Vital statistics of India. Vol. VI, European troops 1870-79
Year: 1870
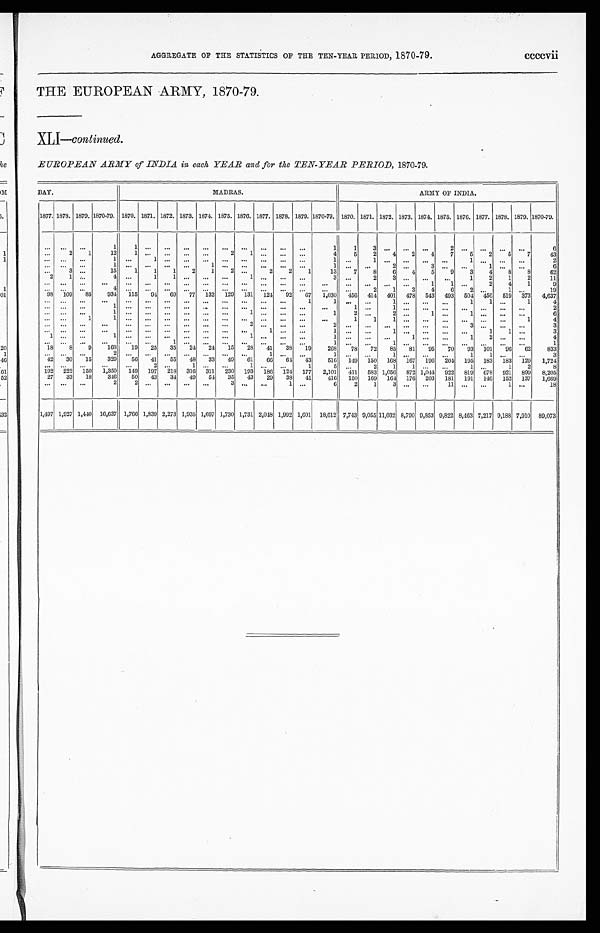
AGGREGATE OF THE STATISTICS OF THE TEN-YEAR PERIOD, 1870-79.
ccccvii
THE EUROPEAN ARMY, 1870-79.
XLI- continued.
EUROPEAN ARMY of INDIA in each YEAR and for the TEN-YEAR PERIOD, 1870-79.
BAY.
MADRAS.
ARMY OF INDIA.
1877. 1878. 1879. 1870-79. 1870. 1871. 1872. 1873. 1874. 1875. 1876. 1877. 1878. 1879. 1870-79. 1870. 1871. 1872. 1873. 1874. 1875. 1876. 1877. 1878. 1879. 1870-79.
. . .
. . .
. . .
1
1
. . .
. . .
. . .
. . .
. . .
. . .
. . .
. . .
. . .
1
1
3
. . .
. . .
. . .
2
. . .
. . .
. . .
. . .
6
. . . 2
1
12
1
. . .
. . .
. . .
. . .
2
1
. . .
. . .
. . .
4
5
2
4
2
4
7
5
2
5
7
43
. . .
. . . . . .
1
. . .
1
. . .
. . .
. . .
. . .
. . .
. . .
. . .
. . .
1 . . .
1
. . .
. . .
. . .
. . .
1
. . .
. . .
. . .
2
. . .
. . . . . .
1 ... ... ... ...
1
. . .
. . .
. . .
. . .
. . .
1
. . .
. . .
2
. . .
3
. . .
. . .
1
. . .
. . .
6
. . .
3
. . .
15
1
1
1
2
1
2
. . . 2
2
1
13
7
8
6
4
5
9
3
4 8
8
62
2
1 ...
4
. . . 1
1
. . .
. . .
. . . 1
. . .
. . .
. . .
3
. . . 2
3
. . .
. . . ...
1
2
1
2
11
. . . ... . . .
. . .
. . . ... . . .
. . . ... ... ...
. . . ...
. . .
. . . ...
. . . ... . . .
1
1 . . .
2
4
1
9
. . .
...
. . .
4 ...
. . .
. . .
. . . ... ...
. . .
. . .
. . .
. . .
. . .
. . .
2
1
3
4
6
2 ...
1
. . .
19
98 109 85 934 115 94 69 77 132 129 131 124 92 67 1,030 456 414 401 478 543 493 504 456 519 373 4,637
. . .
...
. . . ... ...
. . .
. . .
. . .
... ...
. . . ... ...
1
1
. . .
. . .
1
. . .
. . .
. . . 1
1 ...
1
4
... ... ...
1 ... ... ... ...
. . . ... ... ... ... ...
...
1 ...
1
. . .
. . .
. . .
. . .
. . .
. . .
. . .
2
... ...
...
1 ... ... ... ... ... ...
1
. . .
. . .
. . .
1
2
. . .
2
. . . 1 ...
1
. . .
. . .
. . .
6
. . .
. . .
1
1
. . . ... ... ... ... ... ... ... ... ...
. . .
1
1
1
. . .
. . . . . .
. . .
. . .
. . .
1
4
. . .
...
. . .
. . .
...
. . .
. . .
. . . ... ...
2
. . .
. . .
. . .
2
. . .
. . .
. . .
. . .
. . . . . .
3
. . .
. . .
. . .
3
... ... ...
. . . ... ... ... ... ... ... ...
1 ... ...
1
. . .
. . .
1
. . .
. . . . . .
. . . 1
1 ...
3
1 ...
. . .
1
. . . ...
. . .
. . .
. . .
. . .
1
. . . . . .
. . .
1
. . .
. . .
. . .
1
. . . . . .
1
2
. . . . . .
4
. . .
...
. . .
. . .
...
. . .
1
. . . ... ...
. . .
. . . . . .
. . .
1
. . .
. . .
1
. . .
. . . . . .
. . .
. . .
. . . ...
1
18
8
9
168 19 25 35 24 24 15 28 41 38 19
268 78 72 85 81 95 70 93 101 96 62
833
. . . ...
. . .
2
. . .
. . .
. . .
. . .
. . .
. . .
. . . 1
. . .
. . .
1 . . .
. . .
1 ... ...
. . . 1
1 . . .
...
3
42 30 15
329 56 41 55 48 33 49 61 66 64 43
516 149 150 168 167 196 204 195 183 183 129 1,724
. . .
192
. . .
222
. . .
150
. . .
1,350
. . .
149
2
197
...
218
1
316
. . .
311
. . .
230
1
193
...
186
. . .
124
1
177
5
2,101
. . .
411
2
583
1
1,056
1
872
. . .
1,044
...
922
1
819
...
678
1
921
2
899
8
8,205
27 33 18
346 50 43 34 49 54 35 43 29 38 41
416 150 169 164 176 203 181 191 146 152 137 1,669
... ... ...
2
2
. . .
. . .
. . .
. . .
3
. . .
. . . 1 ...
6
2
1
3
. . .
. . . 11
. . .
. . . 1 ...
18
1,497 1,927 1,440 16,637 1,766 1,839 2,273 1,935 1,697 1,730 1,731 2,048 1,992 1,601 18,612 7,743 9,055 11,032 8,790 9,853 9,822 8,463 7,217 9,188 7,910 89,073